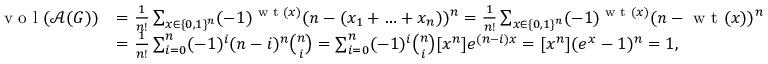
\begin{array} { r l } { \textnormal { v o l } ( \mathcal { A } ( G ) ) } & { = \frac { 1 } { n ! } \sum _ { x \in \{ 0 , 1 \} ^ { n } } ( - 1 ) ^ { \textnormal { w t } ( x ) } ( n - ( x _ { 1 } + \ldots + x _ { n } ) ) ^ { n } = \frac { 1 } { n ! } \sum _ { x \in \{ 0 , 1 \} ^ { n } } ( - 1 ) ^ { \textnormal { w t } ( x ) } ( n - \textnormal { w t } ( x ) ) ^ { n } } \\ & { = \frac { 1 } { n ! } \sum _ { i = 0 } ^ { n } ( - 1 ) ^ { i } ( n - i ) ^ { n } \binom { n } { i } = \sum _ { i = 0 } ^ { n } ( - 1 ) ^ { i } \binom { n } { i } [ x ^ { n } ] e ^ { ( n - i ) x } = [ x ^ { n } ] ( e ^ { x } - 1 ) ^ { n } = 1 , } \end{array}